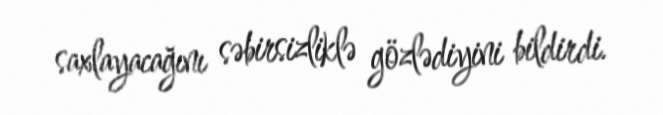
saxlayacağını səbirsizliklə gözlədiyini bildirdi.